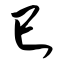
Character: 巳